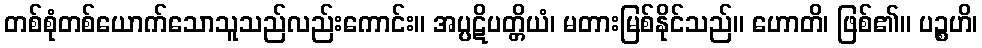
တစ်စုံတစ်ယောက်သောသူသည်လည်းကောင်း။ အပ္ပဋိပတ္တိယံ၊ မတားမြစ်နိုင်သည်။ ဟောတိ၊ ဖြစ်၏။ ပဉ္စဟိ၊